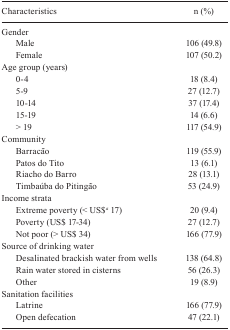
<table><thead><tr><td><b>Characteristics</b></td><td><b>n (%)</b></td></tr></thead><tbody><tr><td colspan="2">Gender</td></tr><tr><td>Male</td><td>106 (49.8)</td></tr><tr><td>Female</td><td>107 (50.2)</td></tr><tr><td colspan="2">Age group (years)</td></tr><tr><td>0-4</td><td>18 (8.4)</td></tr><tr><td>5-9</td><td>27 (12.7)</td></tr><tr><td>10-14</td><td>37 (17.4)</td></tr><tr><td>15-19</td><td>14 (6.6)</td></tr><tr><td>&gt; 19</td><td>117 (54.9)</td></tr><tr><td colspan="2">Community</td></tr><tr><td>Barracão</td><td>119 (55.9)</td></tr><tr><td>Patos do Tito</td><td>13 (6.1)</td></tr><tr><td>Riacho do Barro</td><td>28 (13.1)</td></tr><tr><td>Timbaúba do Pitingão</td><td>53 (24.9)</td></tr><tr><td colspan="2">Income strata</td></tr><tr><td>Extreme poverty (&lt; US$<sup><i>a</i></sup> 17)</td><td>20 (9.4)</td></tr><tr><td>Poverty (US$ 17-34)</td><td>27 (12.7)</td></tr><tr><td>Not poor (&gt; US$ 34)</td><td>166 (77.9)</td></tr><tr><td colspan="2">Source of drinking water</td></tr><tr><td>Desalinated brackish water from wells</td><td>138 (64.8)</td></tr><tr><td>Rain water stored in cisterns</td><td>56 (26.3)</td></tr><tr><td>Other</td><td>19 (8.9)</td></tr><tr><td colspan="2">Sanitation facilities</td></tr><tr><td>Latrine</td><td>166 (77.9)</td></tr><tr><td>Open defecation</td><td>47 (22.1)</td></tr></tbody></table>